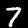
Label: 7